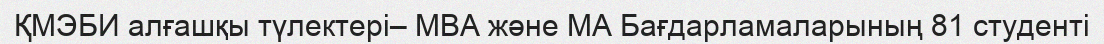
ҚМЭБИ алғашқы түлектері– MBA және MA Бағдарламаларының 81 студенті